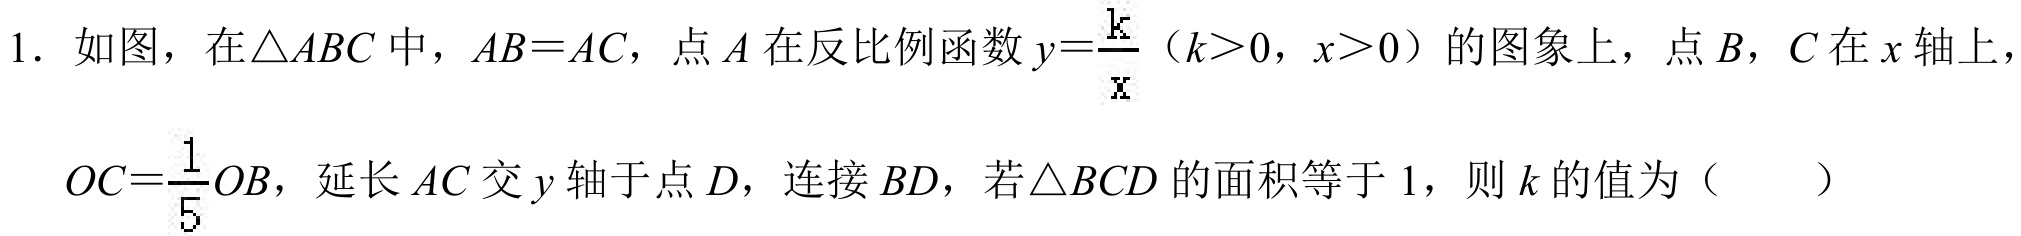
1. 如图，在\(\triangle ABC\) 中，\(AB = AC\)，点 \(A\) 在反比例函数 \(y=\frac{k}{x}\)（\(k > 0\)，\(x>0\)）的图象上，点 \(B\)，\(C\) 在 \(x\) 轴上，
\(OC=\frac{1}{5}OB\)，延长 \(AC\) 交 \(y\) 轴于点 \(D\)，连接 \(BD\)，若\(\triangle BCD\) 的面积等于 \(1\)，则 \(k\) 的值为（  ）